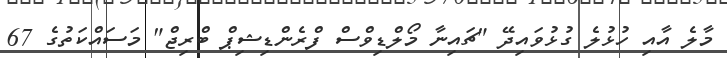
މާލެ އާއި ހުޅުލެ ގުޅުވައިދޭ "ޗައިނާ މޯލްޑިވްސް ފްރެންޑިޝިޕް ބްރިޖް" މަސައްކަތުގެ 67